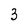
Character: 3